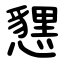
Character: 㦟